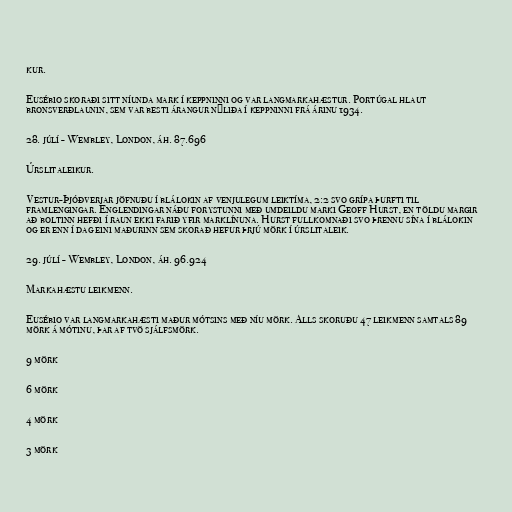
kur.

Eusébio skoraði sitt níunda mark í keppninni og var langmarkahæstur. Portúgal hlaut
bronsverðlaunin, sem var besti árangur nýliða í keppninni frá árinu 1934.

28. júlí - Wembley, London, áh. 87.696

Úrslitaleikur.

Vestur-Þjóðverjar jöfnuðu í blálokin af venjulegum leiktíma, 2:2 svo grípa þurfti til
framlengingar. Englendingar náðu forystunni með umdeildu marki Geoff Hurst, en töldu margir
að boltinn hefði í raun ekki farið yfir marklínuna. Hurst fullkomnaði svo þrennu sína í blálokin
og er enn í dag eini maðurinn sem skorað hefur þrjú mörk í úrslitaleik.

29. júlí - Wembley, London, áh. 96.924

Markahæstu leikmenn.

Eusébio var langmarkahæsti maður mótsins með níu mörk. Alls skoruðu 47 leikmenn samtals 89
mörk á mótinu, þar af tvö sjálfsmörk.

9 mörk

6 mörk

4 mörk

3 mörk